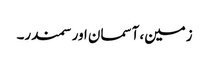
زمین، آسمان اور سمندر۔